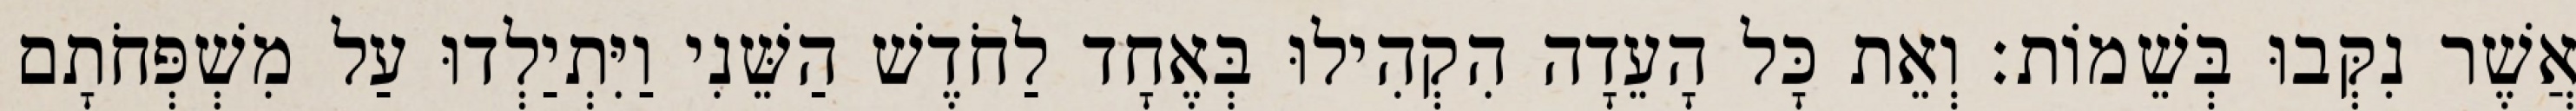
אֲשֶׁר נִקְּבוּ בְּשֵׁמוֹת׃ וְאֵת כָּל הָעֵדָה הִקְהִילוּ בְּאֶחָד לַחֹדֶשׁ הַשֵּׁנִי וַיִּתְיַלְדוּ עַל מִשְׁפְּחֹתָם